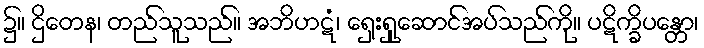
၌။ ဌိတေန၊ တည်သူသည်။ အဘိဟဋံ၊ ရှေးရှုဆောင်အပ်သည်ကို။ ပဋိက္ခိပန္တော၊